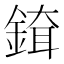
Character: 𨨹